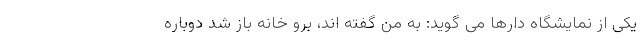
یکی از نمایشگاه دارها می گوید: به من گفته اند، برو خانه باز شد دوباره